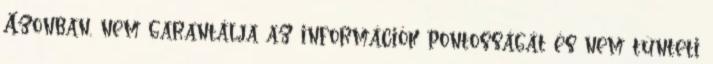
Azonban, nem garantálja az információk pontosságát és nem tünteti